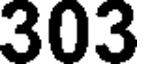
303